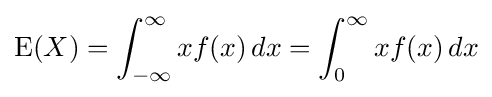
\operatorname {E} (X)=\int _{-\infty }^{\infty }xf(x)\,dx=\int _{0}^{\infty }xf(x)\,dx